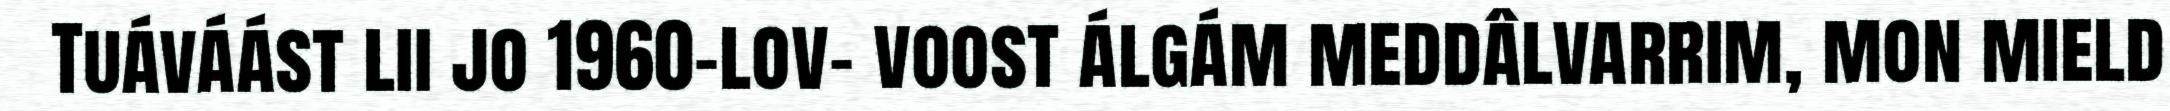
Tuáváást lii jo 1960-lov- voost álgám meddâlvarrim, mon mield